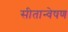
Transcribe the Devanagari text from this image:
सीतान्वेषण